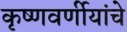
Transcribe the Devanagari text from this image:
कृष्णवर्णीयांचे